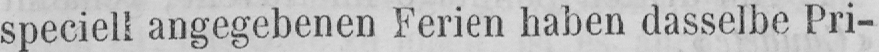
speciell angegebenen Ferien haben dasselbe Pri-